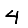
Digit: 4